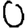
Digit: 0